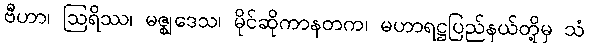
ဗီဟာ၊ ဩရိဿ၊ မဇ္ဈဒေသ၊ မိုင်ဆိုကာနတက၊ မဟာရဋ္ဌပြည်နယ်တို့မှ သံ